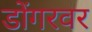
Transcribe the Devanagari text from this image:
डोंगरवर